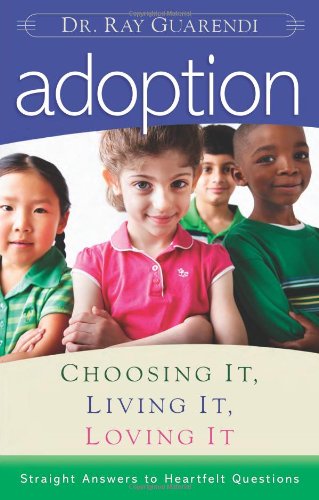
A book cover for Adoption: Choosing It, Living It, Loving It; Dr. Ray Guarendi; Parenting & Relationships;